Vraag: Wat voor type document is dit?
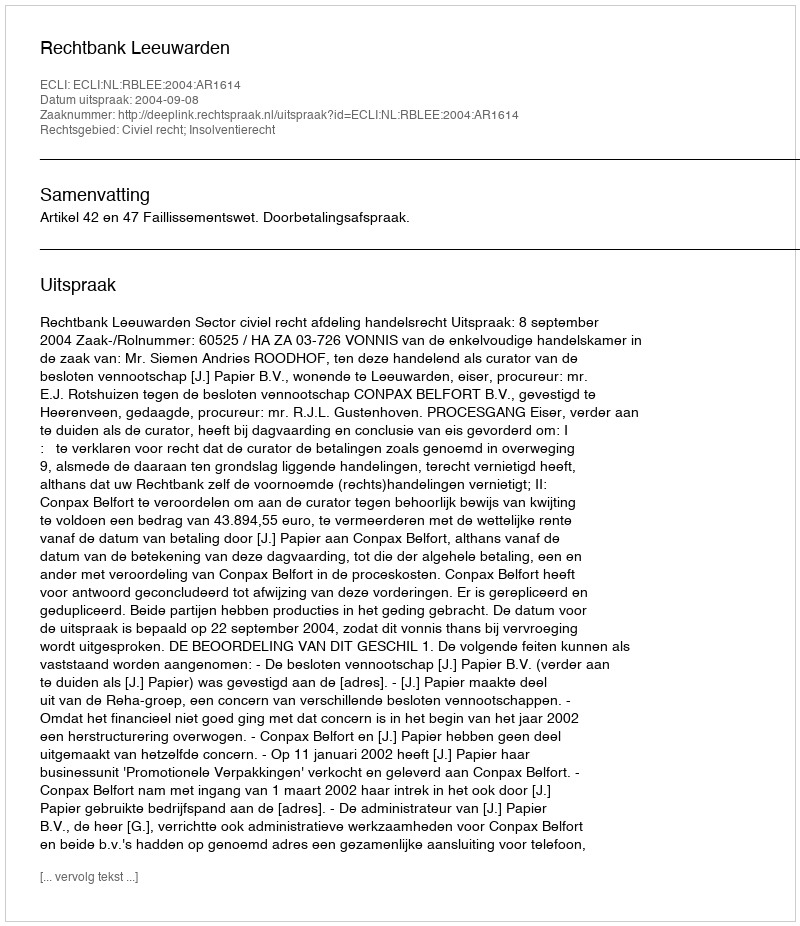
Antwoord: Uitspraak